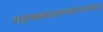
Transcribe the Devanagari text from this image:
सहस्रकादरम्यानच्या